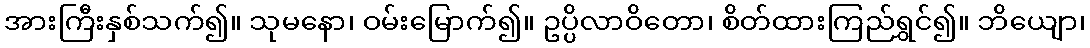
အားကြီးနှစ်သက်၍။ သုမနော၊ ဝမ်းမြောက်၍။ ဥပ္ပိလာဝိတော၊ စိတ်ထားကြည်ရွှင်၍။ ဘိယျော၊